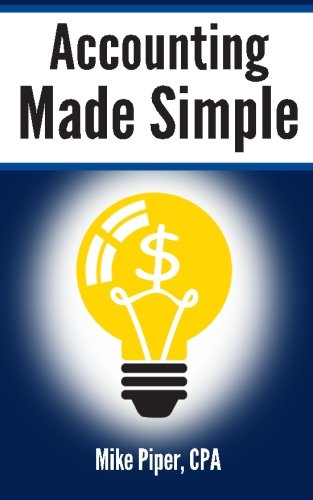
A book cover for Accounting Made Simple: Accounting Explained in 100 Pages or Less; Mike Piper; Business & Money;